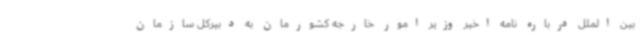
بین الملل درباره نامه اخیر وزیر امور خارجه کشورمان به دبیرکل سازمان